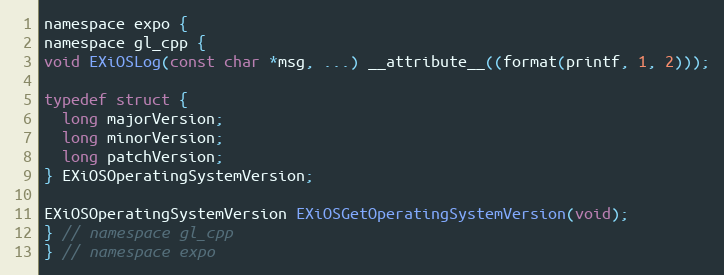
Language: C
namespace expo {
namespace gl_cpp {
void EXiOSLog(const char *msg, ...) __attribute__((format(printf, 1, 2)));

typedef struct {
  long majorVersion;
  long minorVersion;
  long patchVersion;
} EXiOSOperatingSystemVersion;

EXiOSOperatingSystemVersion EXiOSGetOperatingSystemVersion(void);
} // namespace gl_cpp
} // namespace expo